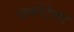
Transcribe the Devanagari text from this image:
चकोटेत्या